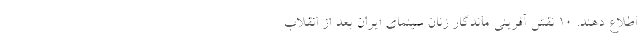
اطلاع دهند. 10 نقش آفرینی ماندگار زنان سینمای ایران بعد از انقلاب